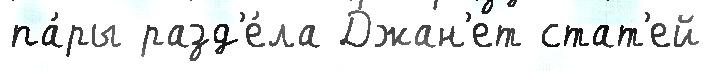
па́ры разд'е́ла Джан'ет стат'ей